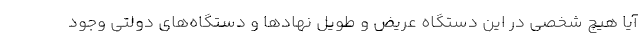
آیا هیچ شخصی در این دستگاه عریض و طویل نهادها و دستگاه‌های دولتی وجود